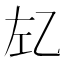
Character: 𰏇